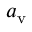
a _ { \mathrm { v } }